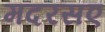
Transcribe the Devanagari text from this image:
मदरसए